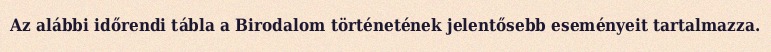
Az alábbi időrendi tábla a Birodalom történetének jelentősebb eseményeit tartalmazza.